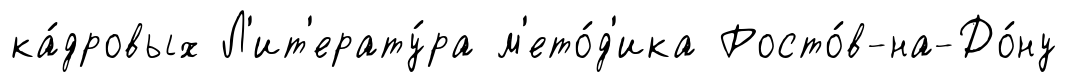
ка́дровых Л'ит'ерату́ра м'ето́д'ика Росто́в-на-До́ну